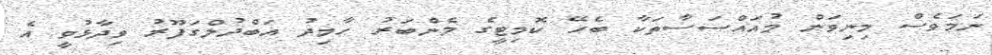
ނަމަވެސް މިނިވަން މުއައްސަސާތަކާ ބެހޭ ކޮމިޓީގެ މެންބަރު ހާމިދު އަބްދުލްގަފޫރު ވިދާޅުވީ އެ